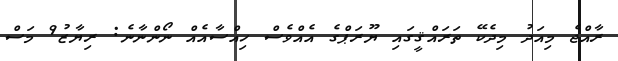
ރާއްޖެ މިއަދު މިދެކޭ ތަރައްޤީގައި ޔޫރަޕްގެ އެއްވެސް ހިއްސާއެއް ނޯންނާނެ: ރިޔާޒު9 މަސް